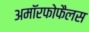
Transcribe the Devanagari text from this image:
अमॉरफोफैलस